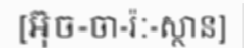
[អ៊ុច-ចា-រ៉ៈ-ស្ថាន]